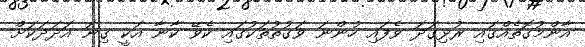
އާންމުގޮތެއްގައި ރުޅިގަދަ ވެފައި ހުންނަ ވަގުތުތަކުގައި ކެވޭ ކާނާ އަކީ ގިނަ އަދަދަކަށް